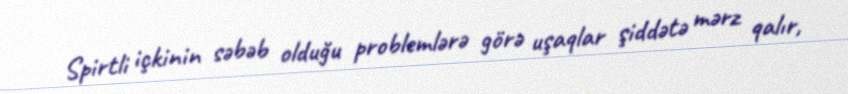
Spirtli içkinin səbəb olduğu problemlərə görə uşaqlar şiddətə mərz qalır,